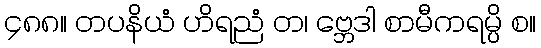
၄၈၈။ တပနိယံ ဟိရညံ တ၊ ဗ္ဘေဒါ စာမီကရမ္ပိ စ။